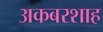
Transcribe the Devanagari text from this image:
अकबरशाह